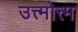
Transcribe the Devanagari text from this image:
उत्त्मोत्त्म